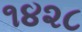
૧૪૨૮